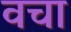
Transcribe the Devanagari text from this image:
वचा